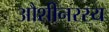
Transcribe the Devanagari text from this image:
औशीनरस्य